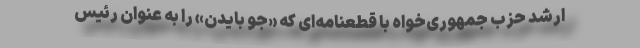
ارشد حزب جمهوری‌خواه با قطعنامه‌ای که «جو بایدن» را به عنوان رئیس